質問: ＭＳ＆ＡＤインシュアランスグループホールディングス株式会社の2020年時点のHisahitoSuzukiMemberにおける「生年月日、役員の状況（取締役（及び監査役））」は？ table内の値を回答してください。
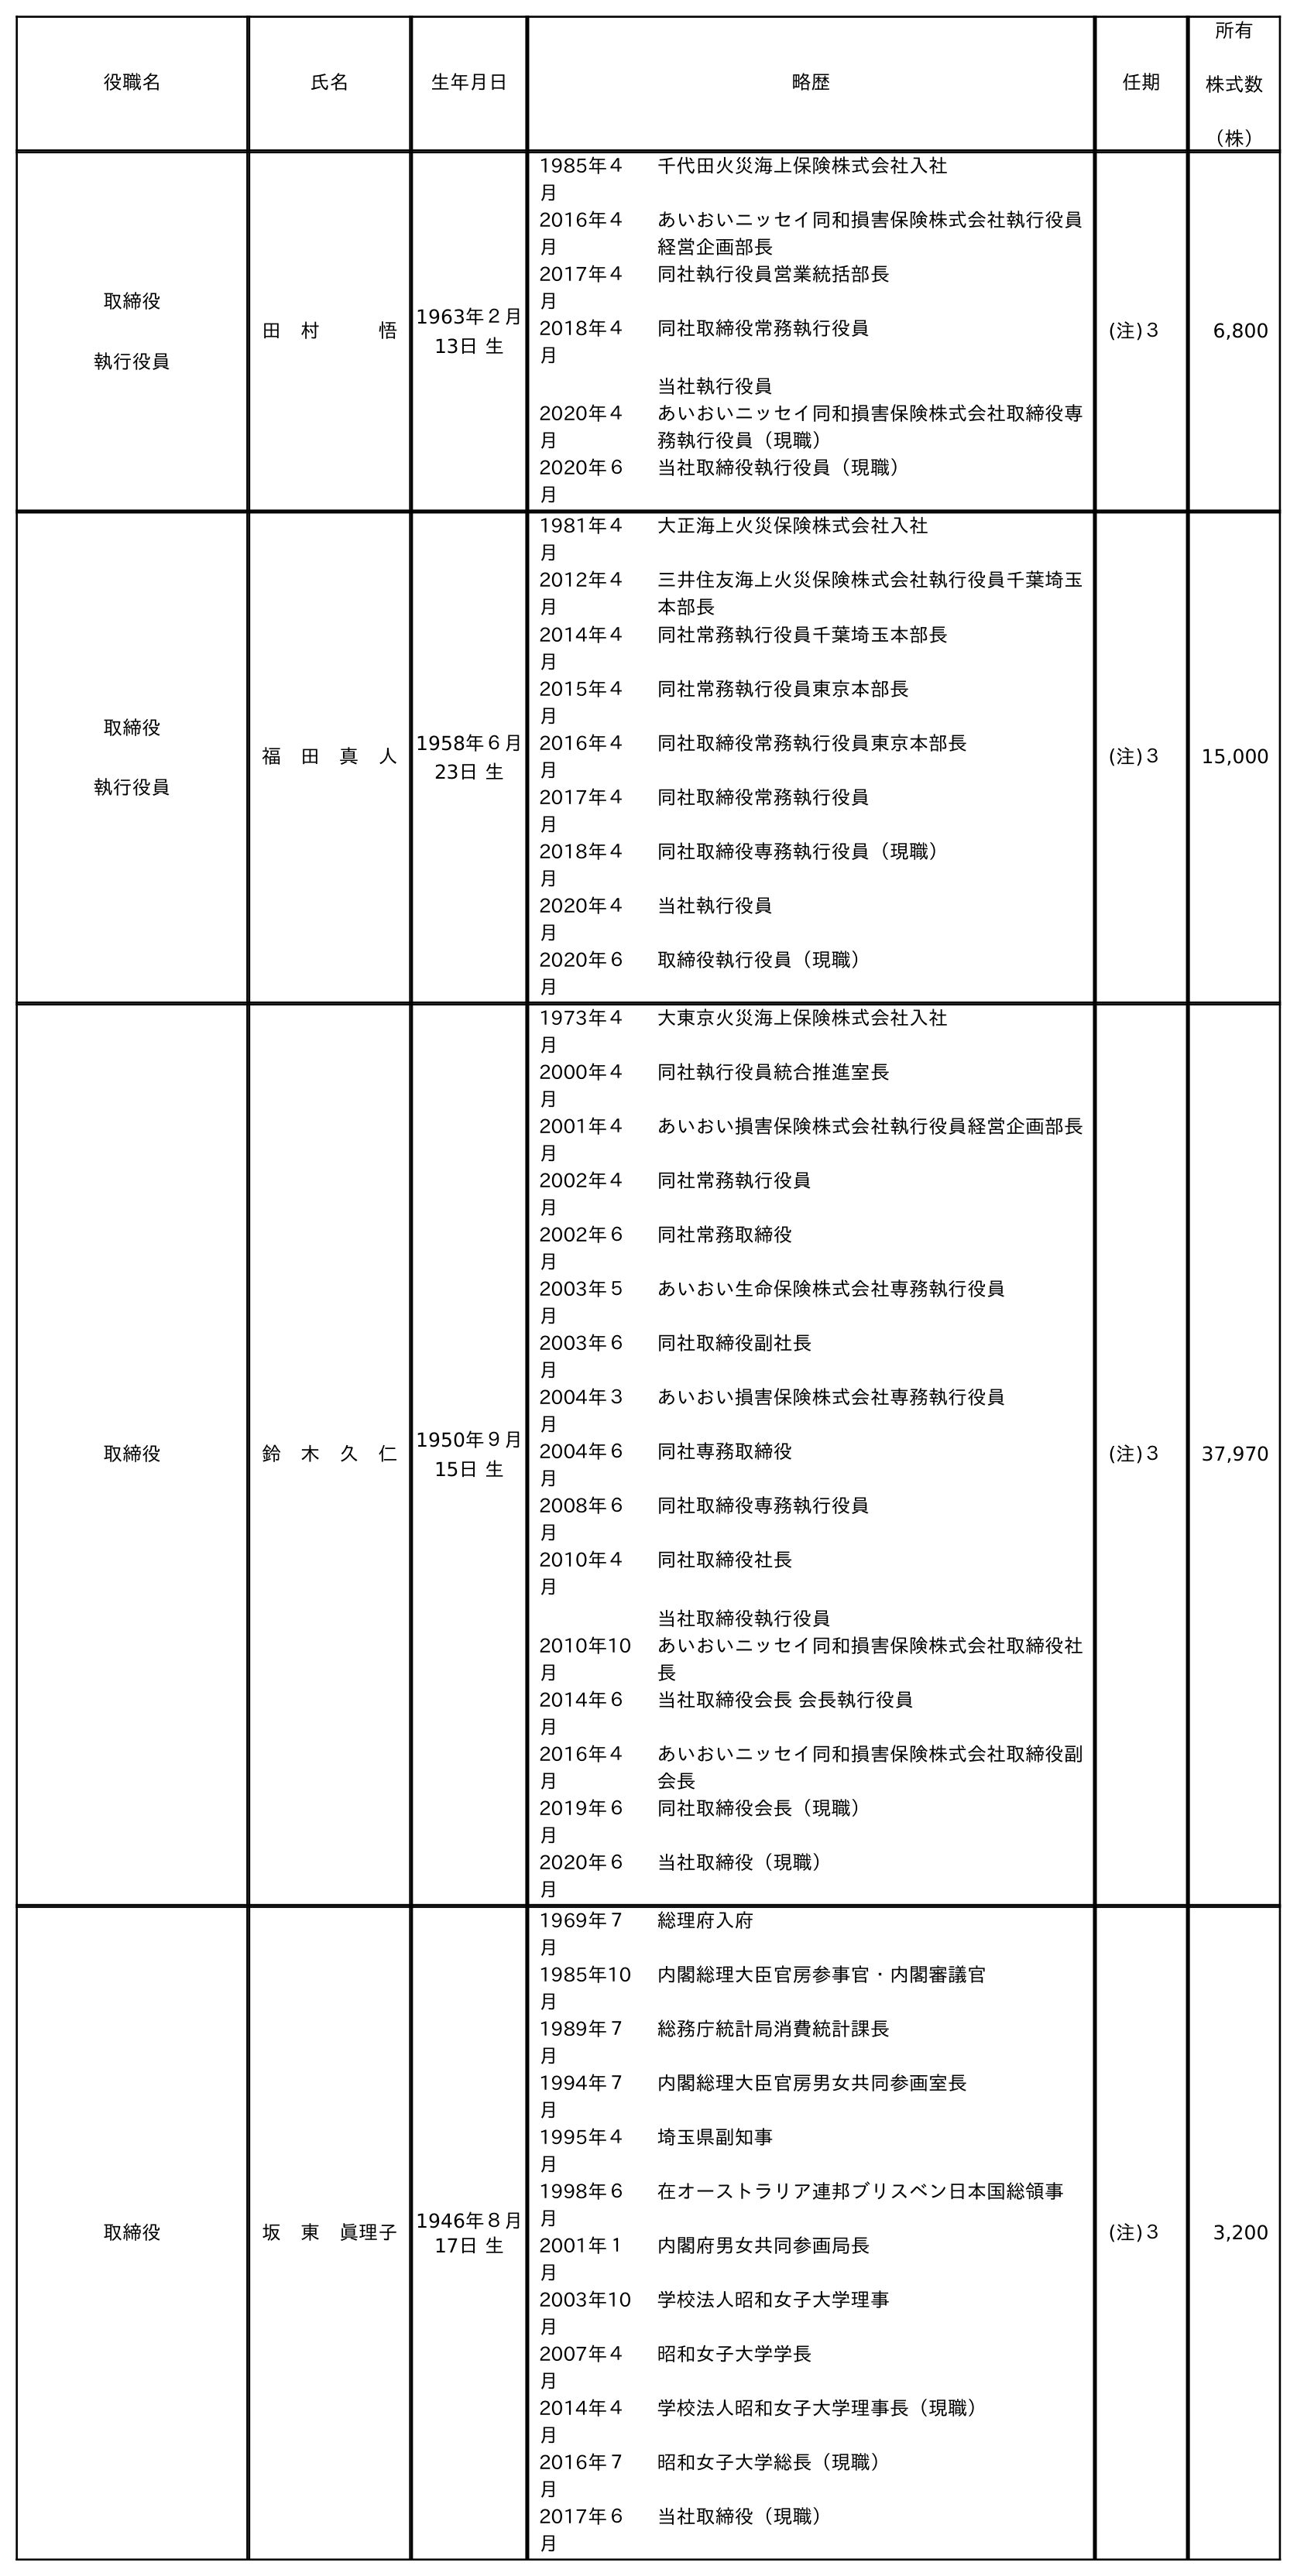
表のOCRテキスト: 役職名 氏名 生年月日 略歴 任期 所有 株式数 （株） 取締役 執行役員 田 村   悟 1963年２月 13日 生 1985年４ 月 千代田火災海上保険株式会社入社 2016年４ 月 あいおいニッセイ同和損害保険株式会社執行役員 経営企画部長 2017年４ 月 同社執行役員営業統括部長 2018年４ 月 同社取締役常務執行役員 当社執行役員 2020年４ 月 あいおいニッセイ同和損害保険株式会社取締役専 務執行役員（現職） 2020年６ 月 当社取締役執行役員（現職） (注)３ 6,800 取締役 執行役員 福 田 真 人 1958年６月 23日 生 1981年４ 月 大正海上火災保険株式会社入社 2012年４ 月 三井住友海上火災保険株式会社執行役員千葉埼玉 本部長 2014年４ 月 同社常務執行役員千葉埼玉本部長 2015年４ 月 同社常務執行役員東京本部長 2016年４ 月 同社取締役常務執行役員東京本部長 2017年４ 月 同社取締役常務執行役員 2018年４ 月 同社取締役専務執行役員（現職） 2020年４ 月 当社執行役員 2020年６ 月 取締役執行役員（現職） (注)３ 15,000 取締役 鈴 木 久 仁 1950年９月 15日 生 1973年４ 月 大東京火災海上保険株式会社入社 2000年４ 月 同社執行役員統合推進室長 2001年４ 月 あいおい損害保険株式会社執行役員経営企画部長 2002年４ 月 同社常務執行役員 2002年６ 月 同社常務取締役 2003年５ 月 あいおい生命保険株式会社専務執行役員 2003年６ 月 同社取締役副社長 2004年３ 月 あいおい損害保険株式会社専務執行役員 2004年６ 月 同社専務取締役 2008年６ 月 同社取締役専務執行役員 2010年４ 月 同社取締役社長 当社取締役執行役員 2010年10 月 あいおいニッセイ同和損害保険株式会社取締役社 長 2014年６ 月 当社取締役会長 会長執行役員 2016年４ 月 あいおいニッセイ同和損害保険株式会社取締役副 会長 2019年６ 月 同社取締役会長（現職） 2020年６ 月 当社取締役（現職） (注)３ 37,970 取締役 坂 東 眞理子 1946年８月 17日 生 1969年７ 月 総理府入府 1985年10 月 内閣総理大臣官房参事官・内閣審議官 1989年７ 月 総務庁統計局消費統計課長 1994年７ 月 内閣総理大臣官房男女共同参画室長 1995年４ 月 埼玉県副知事 1998年６ 月 在オーストラリア連邦ブリスベン日本国総領事 2001年１ 月 内閣府男女共同参画局長 2003年10 月 学校法人昭和女子大学理事 2007年４ 月 昭和女子大学学長 2014年４ 月 学校法人昭和女子大学理事長（現職） 2016年７ 月 昭和女子大学総長（現職） 2017年６ 月 当社取締役（現職） (注)３ 3,200
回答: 1950年９月15日生